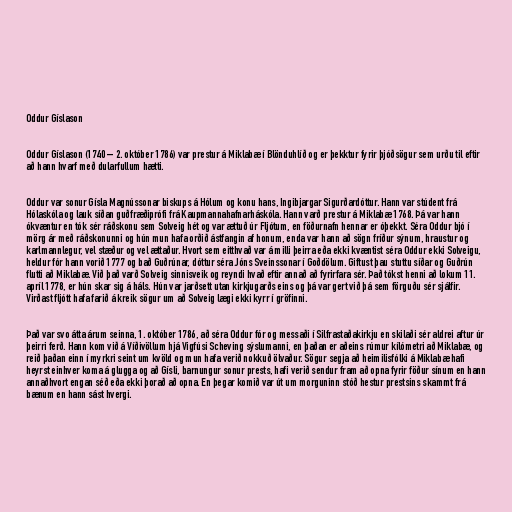
Oddur Gíslason

Oddur Gíslason (1740 – 2. október 1786) var prestur á Miklabæ í Blönduhlíð og er þekktur fyrir þjóðsögur sem urðu til eftir
að hann hvarf með dularfullum hætti.

Oddur var sonur Gísla Magnússonar biskups á Hólum og konu hans, Ingibjargar Sigurðardóttur. Hann var stúdent frá
Hólaskóla og lauk síðan guðfræðiprófi frá Kaupmannahafnarháskóla. Hann varð prestur á Miklabæ 1768. Þá var hann
ókvæntur en tók sér ráðskonu sem Solveig hét og var ættuð úr Fljótum, en föðurnafn hennar er óþekkt. Séra Oddur bjó í
mörg ár með ráðskonunni og hún mun hafa orðið ástfangin af honum, enda var hann að sögn fríður sýnum, hraustur og
karlmannlegur, vel stæður og vel ættaður. Hvort sem eitthvað var á milli þeirra eða ekki kvæntist séra Oddur ekki Solveigu,
heldur fór hann vorið 1777 og bað Guðrúnar, dóttur séra Jóns Sveinssonar í Goðdölum. Giftust þau stuttu síðar og Guðrún
flutti að Miklabæ. Við það varð Solveig sinnisveik og reyndi hvað eftir annað að fyrirfara sér. Það tókst henni að lokum 11.
apríl 1778, er hún skar sig á háls. Hún var jarðsett utan kirkjugarðs eins og þá var gert við þá sem förguðu sér sjálfir.
Virðast fljótt hafa farið á kreik sögur um að Solveig lægi ekki kyrr í gröfinni.

Það var svo átta árum seinna, 1. október 1786, að séra Oddur fór og messaði í Silfrastaðakirkju en skilaði sér aldrei aftur úr
þeirri ferð. Hann kom við á Víðivöllum hjá Vigfúsi Scheving sýslumanni, en þaðan er aðeins rúmur kílómetri að Miklabæ, og
reið þaðan einn í myrkri seint um kvöld og mun hafa verið nokkuð ölvaður. Sögur segja að heimilisfólki á Miklabæ hafi
heyrst einhver koma á glugga og að Gísli, barnungur sonur prests, hafi verið sendur fram að opna fyrir föður sínum en hann
annaðhvort engan séð eða ekki þorað að opna. En þegar komið var út um morguninn stóð hestur prestsins skammt frá
bænum en hann sást hvergi.